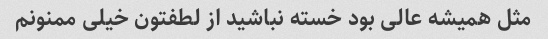
مثل همیشه عالی بود خسته نباشید از لطفتون خیلی ممنونم